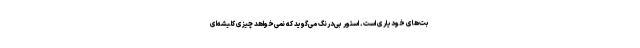
بت‌های خودیاری است. استور بی‌درنگ می‌گوید که نمی‌خواهد چیزی کلیشه‌ای